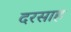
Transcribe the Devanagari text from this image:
दरसाह